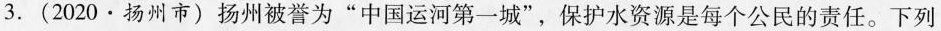
3.(2020·扬州市)扬州被誉为”中国运河第一城”，保护水资源是每个公民的责任。下列